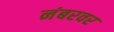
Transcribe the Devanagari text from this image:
नंबरवर